Veterinary [1909] -
Year: 1909
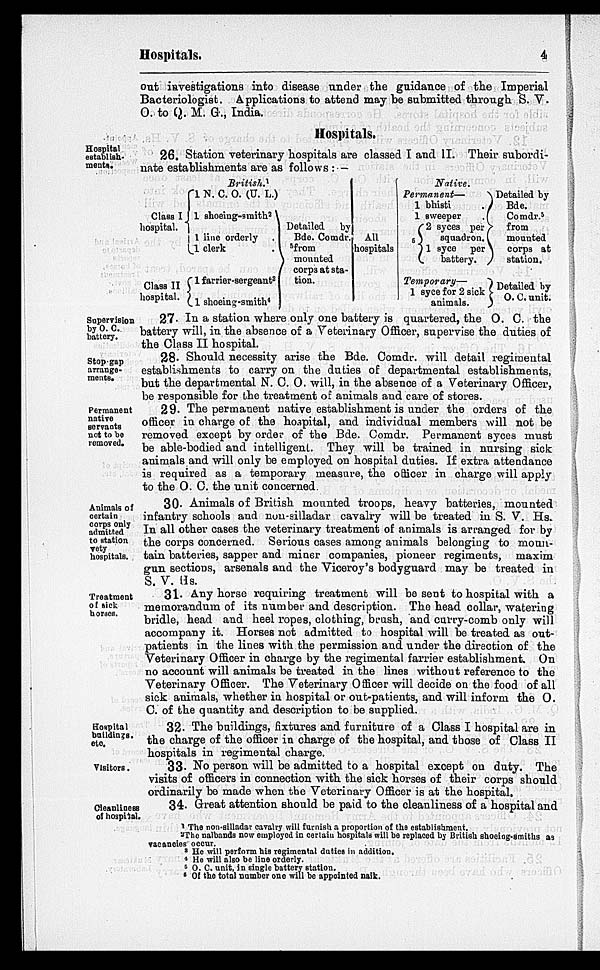
Hospitals.
4
out investigations into disease under the guidance of the Imperial
Bacteriologist. Applications to attend may be submitted through S. V.
O. to Q. M. G., India.
Hospitals.
Hospital
establish¬
ments.
26. Station veterinary hospitals are classed I and II. Their subordi-
nate establishments are as follows :—
Class I
hospital.
Class II
hospital.
British. 1
1 N. C. O. (U. L.)
1 shoeing-smith 2
1 line orderly .
1 clerk
.
1 farrier-sergeant 3
1 shoeing-smith 4
Detailed by
Bde. Comdr.
5
from
mounted
corps at sta-
tion.
All
hospitals
Native.
Permanent—
1 bhisti
.
1 sweeper
.
2 syces per
6
squadron.
1 syce per
battery.
Temporary—
1 syce for 2 sick
animals.
Detailed by
Bde.
Comdr. 5
from
mounted
corps at
station.
Detailed by
O. C. unit.
Supervision
by O. C.
battery.
27. In a station where only one battery is quartered, the O. C. the
battery will, in the absence of a Veterinary Officer, supervise the duties of
the Class II hospital.
Stop gap
arrange-
ments.
28. Should necessity arise the Bde. Comdr. will detail regimental
establishments to carry on the duties of departmental establishments,
but the departmental N. C. O. will, in the absence of a Veterinary Officer,
be responsible for the treatment of animals and care of stores.
Permanent
native
servants
not to be
removed.
29. The permanent native establishment is under the orders of the
officer in charge of the hospital, and individual members will not be
removed except by order of the Bde. Comdr. Permanent syces must
be able-bodied and intelligent. They will be trained in nursing sick
animals and will only be employed on hospital duties. If extra attendance
is required as a temporary measure, the officer in charge will apply
to the O. C. the unit concerned.
Animals of
certain
corps only
admitted
to station
vety
hospitals.
30. Animals of British mounted troops, heavy batteries, mounted
infantry schools and non-silladar cavalry will be treated in S. V. Hs.
In all other cases the veterinary treatment of animals is arranged for by
the corps concerned. Serious cases among animals belonging to moun-
tain batteries, sapper and miner companies, pioneer regiments, maxim
gun sections, arsenals and the Viceroy's bodyguard may be treated in
S. V. Hs.
Treatment
of sick
horses.
31. Any horse requiring treatment will be sent to hospital with a
memorandum of its number and description. The head collar, watering
bridle, head and heel ropes, clothing, brush, and curry-comb only will
accompany it. Horses not admitted to hospital will be treated as out-
patients in the lines with the permission and under the direction of the
Veterinary Officer in charge by the regimental farrier establishment. On
no account will animals be treated in the lines without reference to the
Veterinary Officer. The Veterinary Officer will decide on the food of all
sick animals, whether in hospital or out-patients, and will inform the O.
C. of the quantity and description to be supplied.
Hospital
buildings.
etc.
32. The buildings, fixtures and furniture of a Class I hospital are in
the charge of the officer in charge of the hospital, and those of Class II
hospitals in regimental charge.
Visitors.
33. No person will be admitted to a hospital except on duty. The
visits of officers in connection with the sick horses of their corps should
ordinarily be made when the Veterinary Officer is at the hospital.
Cleanliness
of hospital.
34. Great attention should be paid to the cleanliness of a hospital and
1 The non-silladar cavalry will furnish a proportion of the establishment.
2 The nalbands now employed in certain hospitals will be replaced by British shoeing-smiths as
vacancies occur.
3 He will perform his regimental duties in addition.
4 He will also be line orderly.
5 O. C. unit, in single battery station.
6 Of the total number one will be appointed naik.